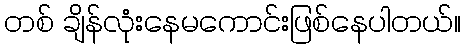
တစ် ချိန်လုံးနေမကောင်းဖြစ်နေပါတယ်။